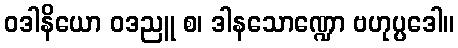
ဝဒါနိယော ဝဒညူ စ၊ ဒါနသောဏ္ဍော ဗဟုပ္ပဒေါ။